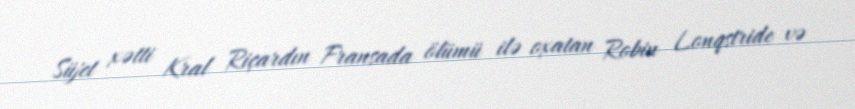
Süjet xətti Kral Riçardın Fransada ölümü ilə oxatan Robin Lonqstride və